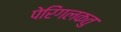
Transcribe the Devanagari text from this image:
पेरिंगलकतु